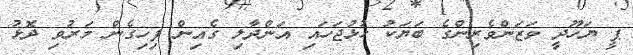
ޕީ ޔަހޫދީ ވަޒަންވެރިންގެ ބަޔަކު ހުޅުޖަހައި އަންދާލި ގެއިން ފިހިގެން މަރުވި ދޮޅު